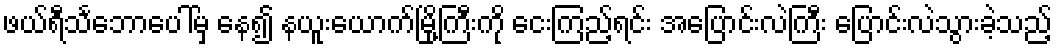
ဖယ်ရီသင်္ဘောပေါ်မှ နေ၍ နယူးယောက်မြို့ကြီးကို ငေးကြည့်ရင်း အပြောင်းလဲကြီး ပြောင်းလဲသွားခဲ့သည့်